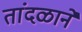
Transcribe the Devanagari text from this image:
तांदळाने